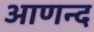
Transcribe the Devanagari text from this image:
आणन्द